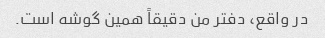
در واقع، دفتر من دقیقاً همین گوشه است.